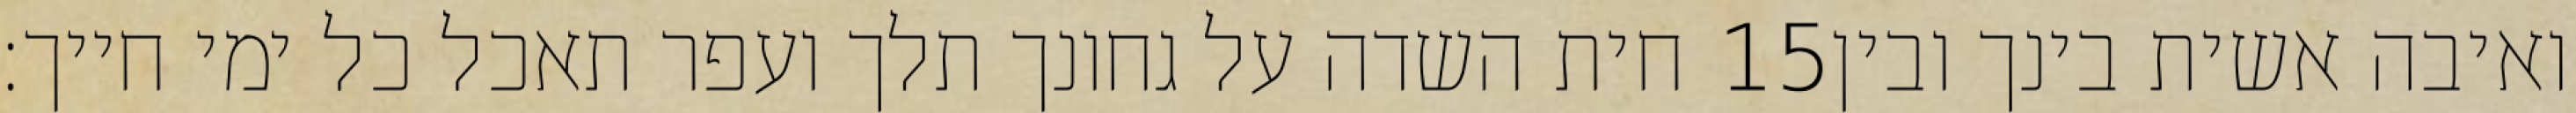
חית השדה על גחונך תלך ועפר תאכל כל ימי חייך׃ ‎15‏ ואיבה אשית בינך ובין